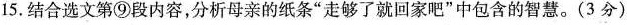
15.结合选文第⑨段内容，分析母亲的纸条”走够了就回家吧”中包含的智慧。(3分)